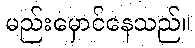
မည်းမှောင်နေသည်။